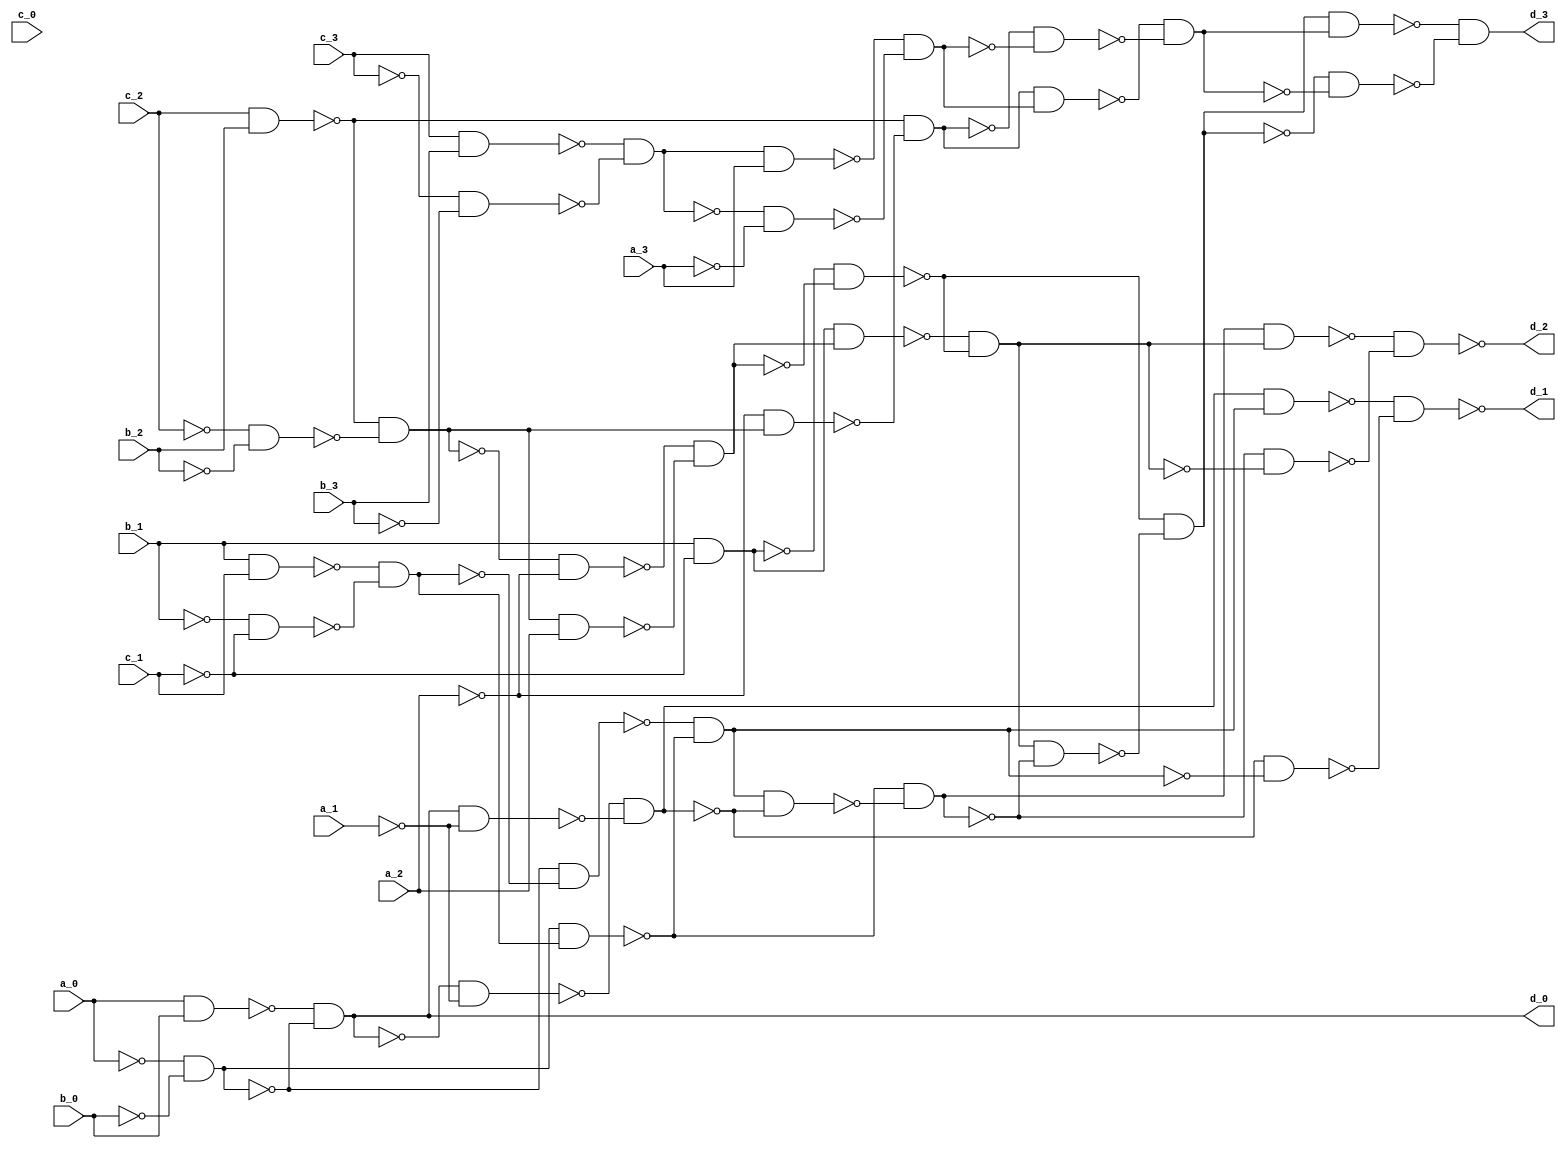
/* Generated by Yosys 0.36+13 (git sha1 373b651d5, clang 10.0.0-4ubuntu1 -fPIC -Os) */

module gen(a_0, a_1, a_2, a_3, b_0, b_1, b_2, b_3, c_0, c_1, c_2, c_3, d_0, d_1, d_2, d_3);
  wire _000_;
  wire _001_;
  wire _002_;
  wire _003_;
  wire _004_;
  wire _005_;
  wire _006_;
  wire _007_;
  wire _008_;
  wire _009_;
  wire _010_;
  wire _011_;
  wire _012_;
  wire _013_;
  wire _014_;
  wire _015_;
  wire _016_;
  wire _017_;
  wire _018_;
  wire _019_;
  wire _020_;
  wire _021_;
  wire _022_;
  wire _023_;
  wire _024_;
  wire _025_;
  wire _026_;
  wire _027_;
  wire _028_;
  wire _029_;
  wire _030_;
  wire _031_;
  wire _032_;
  wire _033_;
  wire _034_;
  wire _035_;
  wire _036_;
  wire _037_;
  wire _038_;
  wire _039_;
  wire _040_;
  wire _041_;
  wire _042_;
  wire _043_;
  wire _044_;
  wire _045_;
  wire _046_;
  wire _047_;
  wire _048_;
  wire _049_;
  wire _050_;
  wire _051_;
  wire _052_;
  wire _053_;
  wire _054_;
  wire _055_;
  wire _056_;
  wire _057_;
  wire _058_;
  wire _059_;
  wire _060_;
  wire _061_;
  wire _062_;
  wire _063_;
  wire _064_;
  wire _065_;
  wire _066_;
  wire _067_;
  wire _068_;
  wire _069_;
  wire _070_;
  wire _071_;
  wire _072_;
  wire _073_;
  wire _074_;
  wire _075_;
  wire _076_;
  wire _077_;
  wire _078_;
  wire _079_;
  wire _080_;
  wire _081_;
  wire _082_;
  wire _083_;
  wire _084_;
  wire _085_;
  wire _086_;
  wire _087_;
  wire _088_;
  wire _089_;
  wire _090_;
  wire _091_;
  wire _092_;
  wire _093_;
  wire _094_;
  wire _095_;
  wire _096_;
  wire _097_;
  input a_0;
  wire a_0;
  input a_1;
  wire a_1;
  input a_2;
  wire a_2;
  input a_3;
  wire a_3;
  input b_0;
  wire b_0;
  input b_1;
  wire b_1;
  input b_2;
  wire b_2;
  input b_3;
  wire b_3;
  input c_0;
  wire c_0;
  input c_1;
  wire c_1;
  input c_2;
  wire c_2;
  input c_3;
  wire c_3;
  output d_0;
  wire d_0;
  output d_1;
  wire d_1;
  output d_2;
  wire d_2;
  output d_3;
  wire d_3;
not g0(_006_, a_2);
and g1(_023_, a_0, b_0);
and g2(d_0, _054_, _001_);
and g3(_025_, b_1, c_1);
and g4(_026_, _055_, _056_);
and g5(_027_, _057_, _058_);
and g6(_024_, _052_, _053_);
and g7(_028_, _001_, _000_);
and g8(_002_, _059_, _011_);
and g9(_003_, d_0, _060_);
and g10(_030_, _061_, _060_);
and g11(_005_, _004_, _062_);
and g12(_031_, _005_, _002_);
and g13(_032_, _063_, _064_);
and g14(_033_, _065_, _066_);
and g15(_035_, _067_, _068_);
and g16(_036_, _016_, _069_);
and g17(_037_, _007_, _006_);
and g18(_038_, _036_, a_2);
and g19(_008_, _070_, _071_);
and g20(_009_, b_1, _056_);
and g21(_039_, _009_, _008_);
and g22(_040_, _072_, _073_);
and g23(_010_, _074_, _020_);
and g24(_029_, _024_, _027_);
and g25(_012_, _002_, _063_);
and g26(_013_, _011_, _075_);
and g27(_041_, _013_, _010_);
and g28(_042_, _076_, _077_);
and g29(_043_, _078_, _079_);
and g30(_044_, c_3, b_3);
and g31(_045_, _080_, _081_);
and g32(_014_, _082_, _083_);
and g33(_046_, _014_, a_3);
and g34(_047_, _084_, _085_);
and g35(_015_, _086_, _087_);
and g36(_034_, c_2, b_2);
and g37(_017_, _006_, _036_);
and g38(_018_, _016_, _088_);
and g39(_048_, _018_, _015_);
and g40(_049_, _089_, _090_);
and g41(_019_, _091_, _092_);
and g42(_021_, _010_, _076_);
and g43(_022_, _020_, _093_);
and g44(_050_, _022_, _019_);
and g45(_051_, _094_, _095_);
and g46(d_3, _096_, _097_);
not g47(_054_, _023_);
not g48(_055_, b_1);
not g49(_057_, _025_);
not g50(_058_, _026_);
not g51(_000_, _027_);
not g52(_052_, a_0);
not g53(_053_, b_0);
not g54(_001_, _024_);
not g55(_059_, _028_);
not g56(_061_, d_0);
not g57(_060_, a_1);
not g58(_004_, _030_);
not g59(_062_, _003_);
not g60(_064_, _002_);
not g61(_065_, _031_);
not g62(_066_, _032_);
not g63(d_1, _033_);
not g64(_067_, c_2);
not g65(_068_, b_2);
not g66(_069_, _035_);
not g67(_007_, _036_);
not g68(_070_, _037_);
not g69(_071_, _038_);
not g70(_056_, c_1);
not g71(_072_, _009_);
not g72(_073_, _008_);
not g73(_074_, _039_);
not g74(_020_, _040_);
not g75(_011_, _029_);
not g76(_063_, _005_);
not g77(_075_, _012_);
not g78(_076_, _013_);
not g79(_077_, _010_);
not g80(_078_, _041_);
not g81(_079_, _042_);
not g82(d_2, _043_);
not g83(_080_, c_3);
not g84(_081_, b_3);
not g85(_082_, _044_);
not g86(_083_, _045_);
not g87(_084_, _014_);
not g88(_085_, a_3);
not g89(_086_, _046_);
not g90(_087_, _047_);
not g91(_016_, _034_);
not g92(_088_, _017_);
not g93(_089_, _018_);
not g94(_090_, _015_);
not g95(_091_, _048_);
not g96(_092_, _049_);
not g97(_093_, _021_);
not g98(_094_, _022_);
not g99(_095_, _019_);
not g100(_096_, _050_);
not g101(_097_, _051_);
endmodule